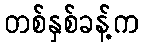
တစ်နှစ်ခန့်က